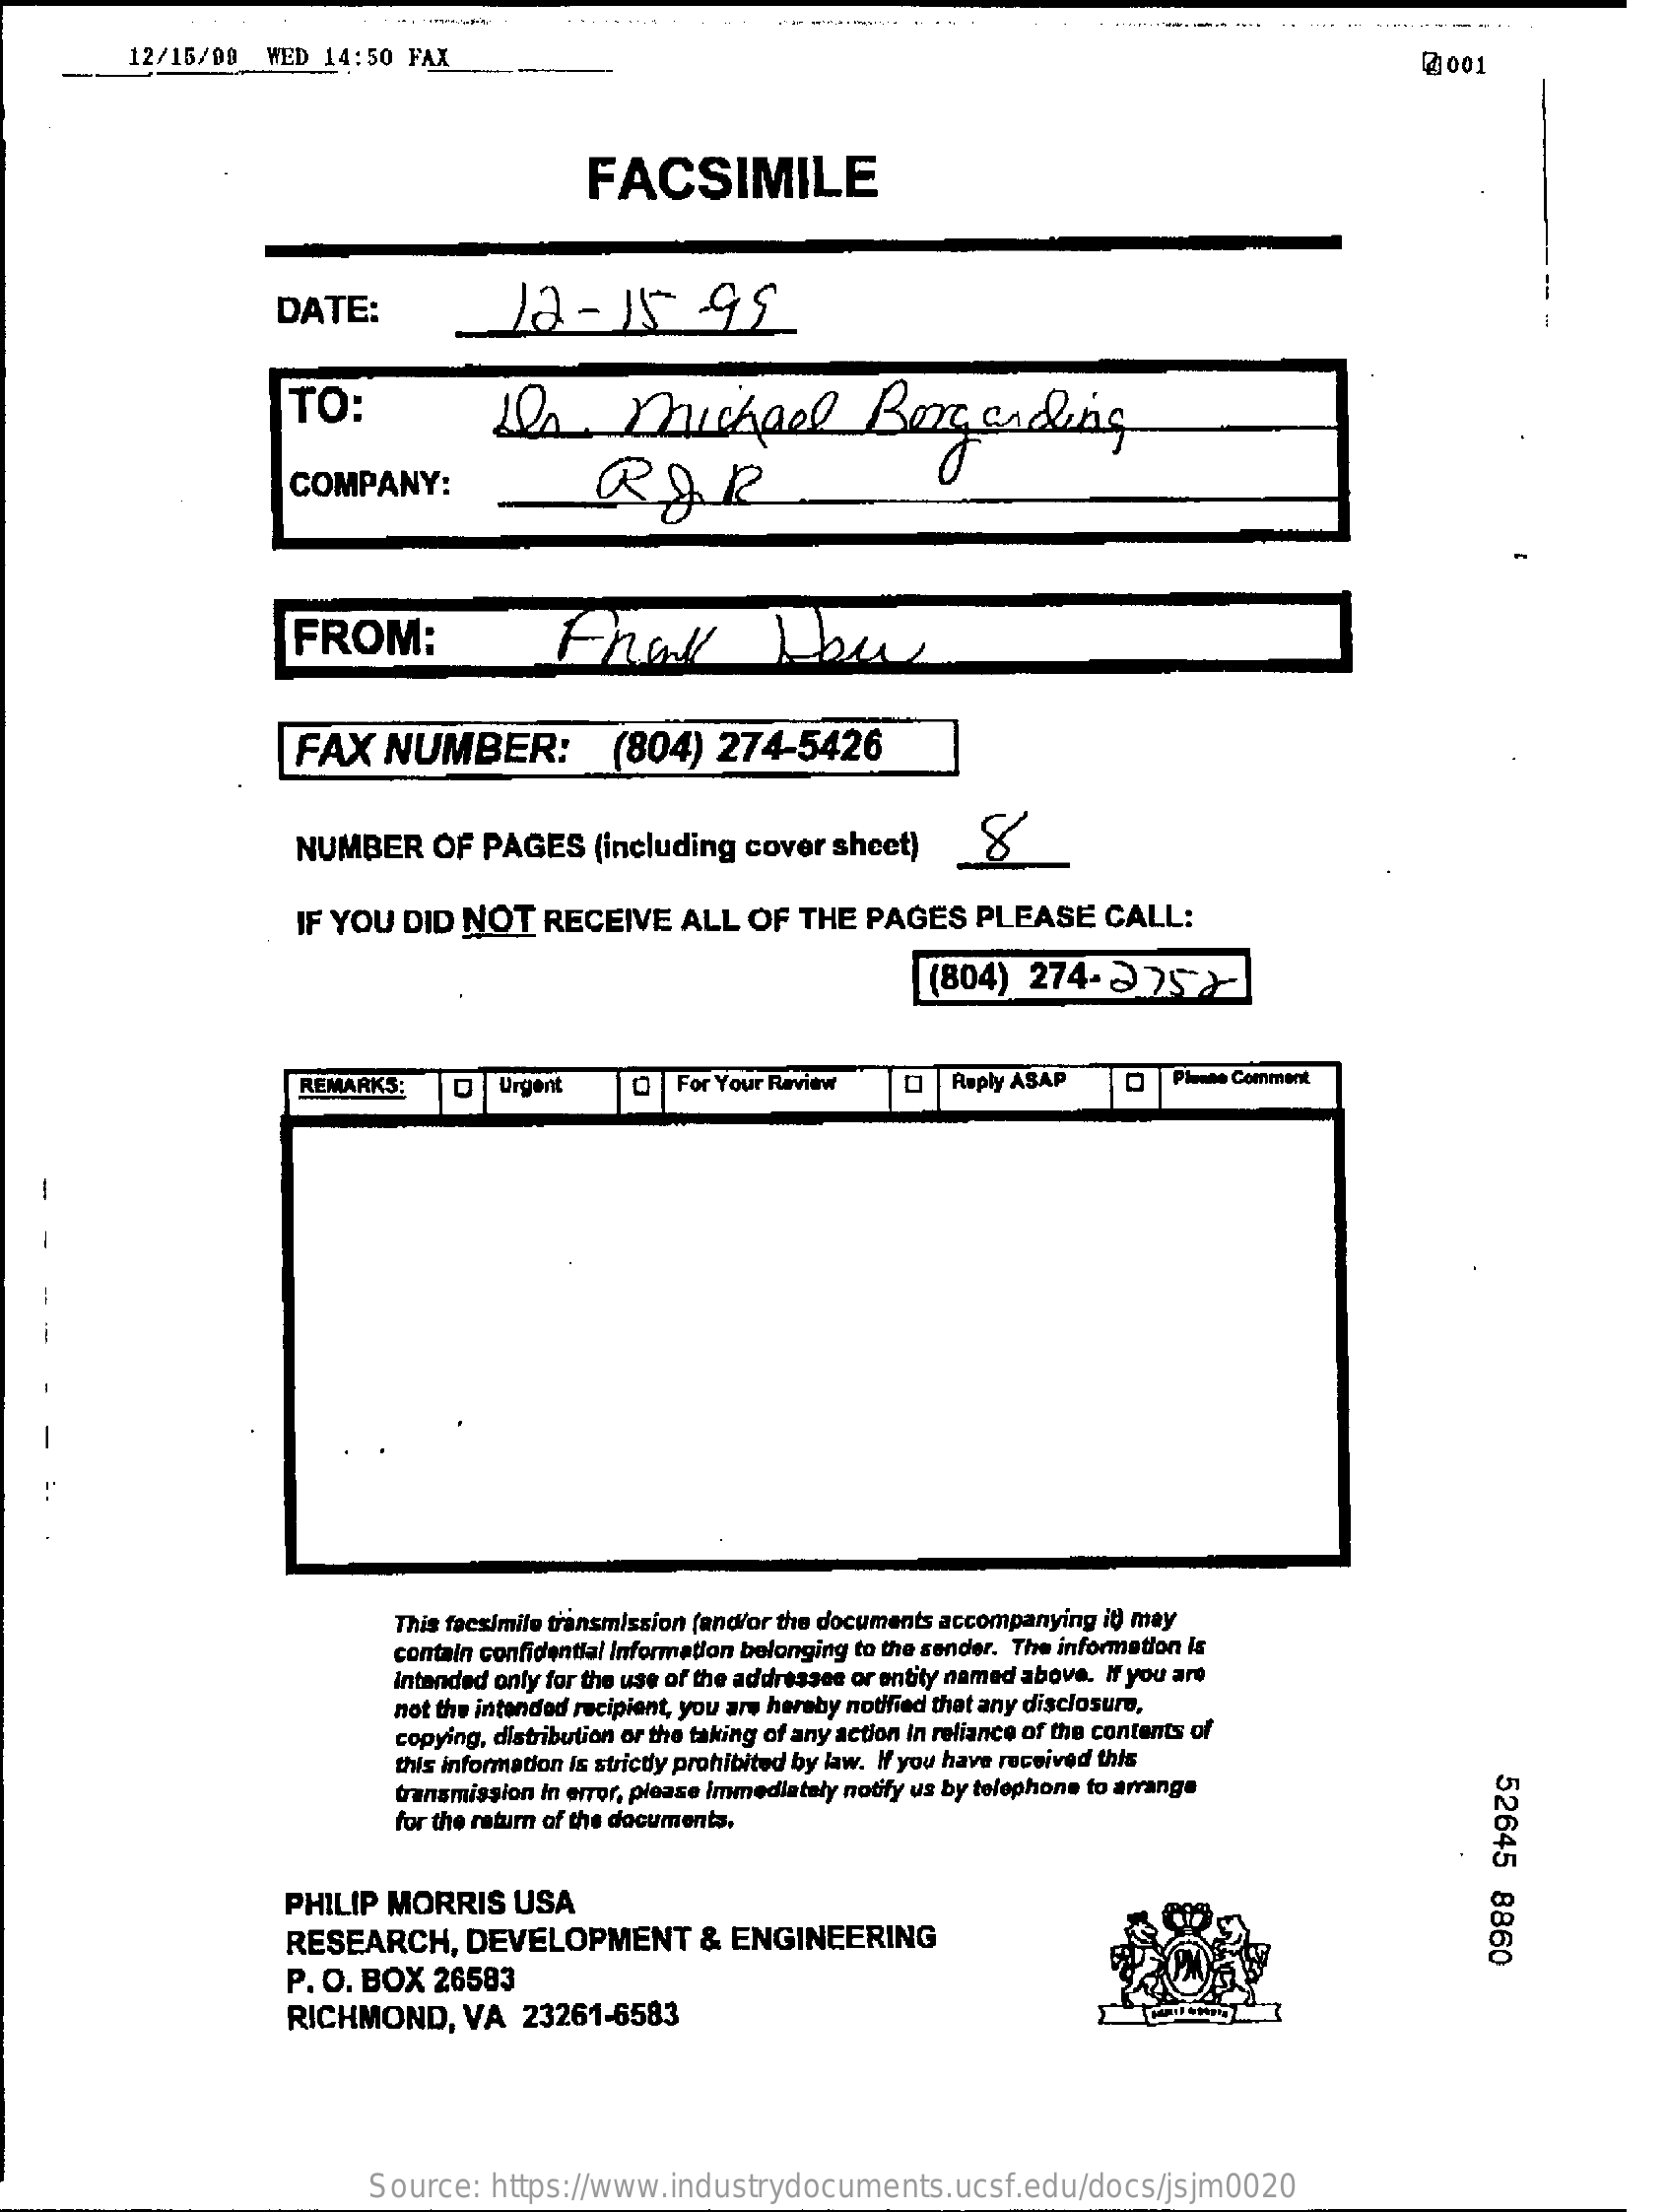
......... . ...
     12/15/08   WED 14:50  FAX    2001
     FACSIMILE
     DATE:    12-    15    95
     TO:    Is    michael    Bergending
     COMPANY:    ROR
     FROM:
     FAX    NUMBER:    (804)    274-5426
     NUMBER    OF  PAGES    (including  cover  sheet)    8
     IF YOU  DID  NOT    RECEIVE    ALL  OF   THE  PAGES    PLEASE    CALL:
     (804)   274-275X
     REMARKS:    Urgent    For Your Review    Reply ASAP    Pienie Comment
   -
     This facsimile transmission (and/or the documents accompanying it) may
     contain confidential Information belonging to the sender. The information is
     intended only for the use of the addressee or entity named above. If you are
     not the intended recipient, you are hereby notified that any disclosure,
     copying, distribution or the taking of any action in reliance of the contents of
     this information Is strictly prohibited by law. If you have received this
     transmission In error, please Immediately notify us by telephone to arrange
     52645
     8860
     for the return of the documents.
     PHILIP  MORRIS    USA
     RESEARCH,    DEVELOPMENT    & ENGINEERING
     P. O. BOX   26583
     RICHMOND,    VA   23261-6583
     Source:  https://www.industrydocuments.ucsf.edu/docs/jsjm0020